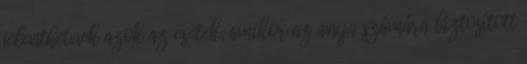
jelenthetnek azok az esetek, amikor az anya számára biztosított